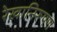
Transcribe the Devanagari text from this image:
रेखानिरूपण